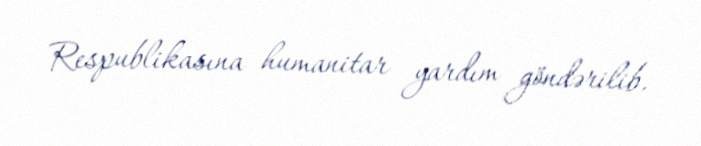
Respublikasına humanitar yardım göndərilib.